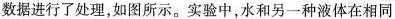
数据进行了处理，如图所示。实验中，水和另一种液体在相同